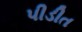
પીડીત